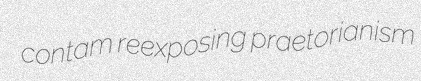
contam reexposing praetorianism